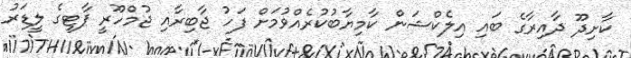
ކާށިދޫ ދާއިރާގެ ބައި އިލެކްޝަން ކާމިޔާބުކުރެއްވުމަށް ފަހު ޖާބިރާއި ޖުމްހޫރީ ޕާޓީގެ ލީޑަރު